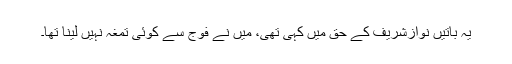
یہ باتیں نوازشریف کے حق میں کہی تھی، میں نے فوج سے کوئی تمغہ نہیں لینا تھا۔